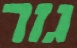
גזר